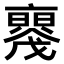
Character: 𠆝